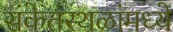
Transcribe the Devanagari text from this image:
संकेतस्थळांमध्ये